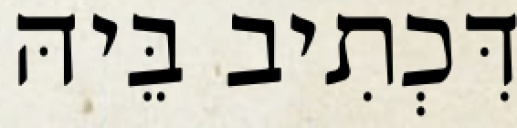
דִּכְתִיב בֵּיהּ